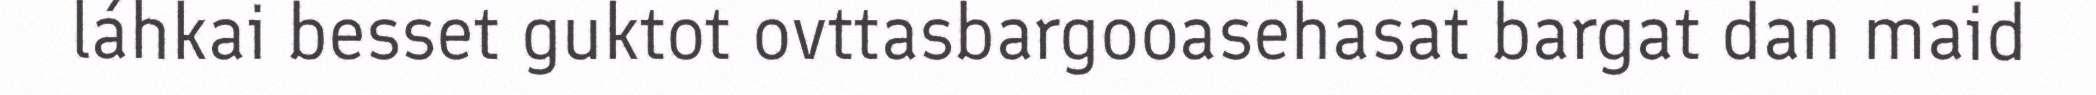
láhkai besset guktot ovttasbargooasehasat bargat dan maid